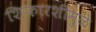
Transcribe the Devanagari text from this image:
शिफारशीमुळे